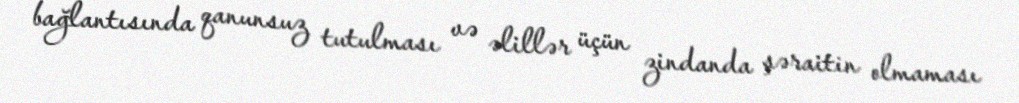
bağlantısında qanunsuz tutulması və əlillər üçün zindanda şəraitin olmaması